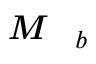
\textbf { \textit { M } } _ { b }